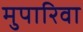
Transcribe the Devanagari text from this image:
मुपारिवा